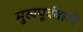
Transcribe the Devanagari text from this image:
मुखपूर्ववाले